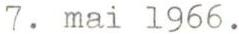
7. mai 1966.